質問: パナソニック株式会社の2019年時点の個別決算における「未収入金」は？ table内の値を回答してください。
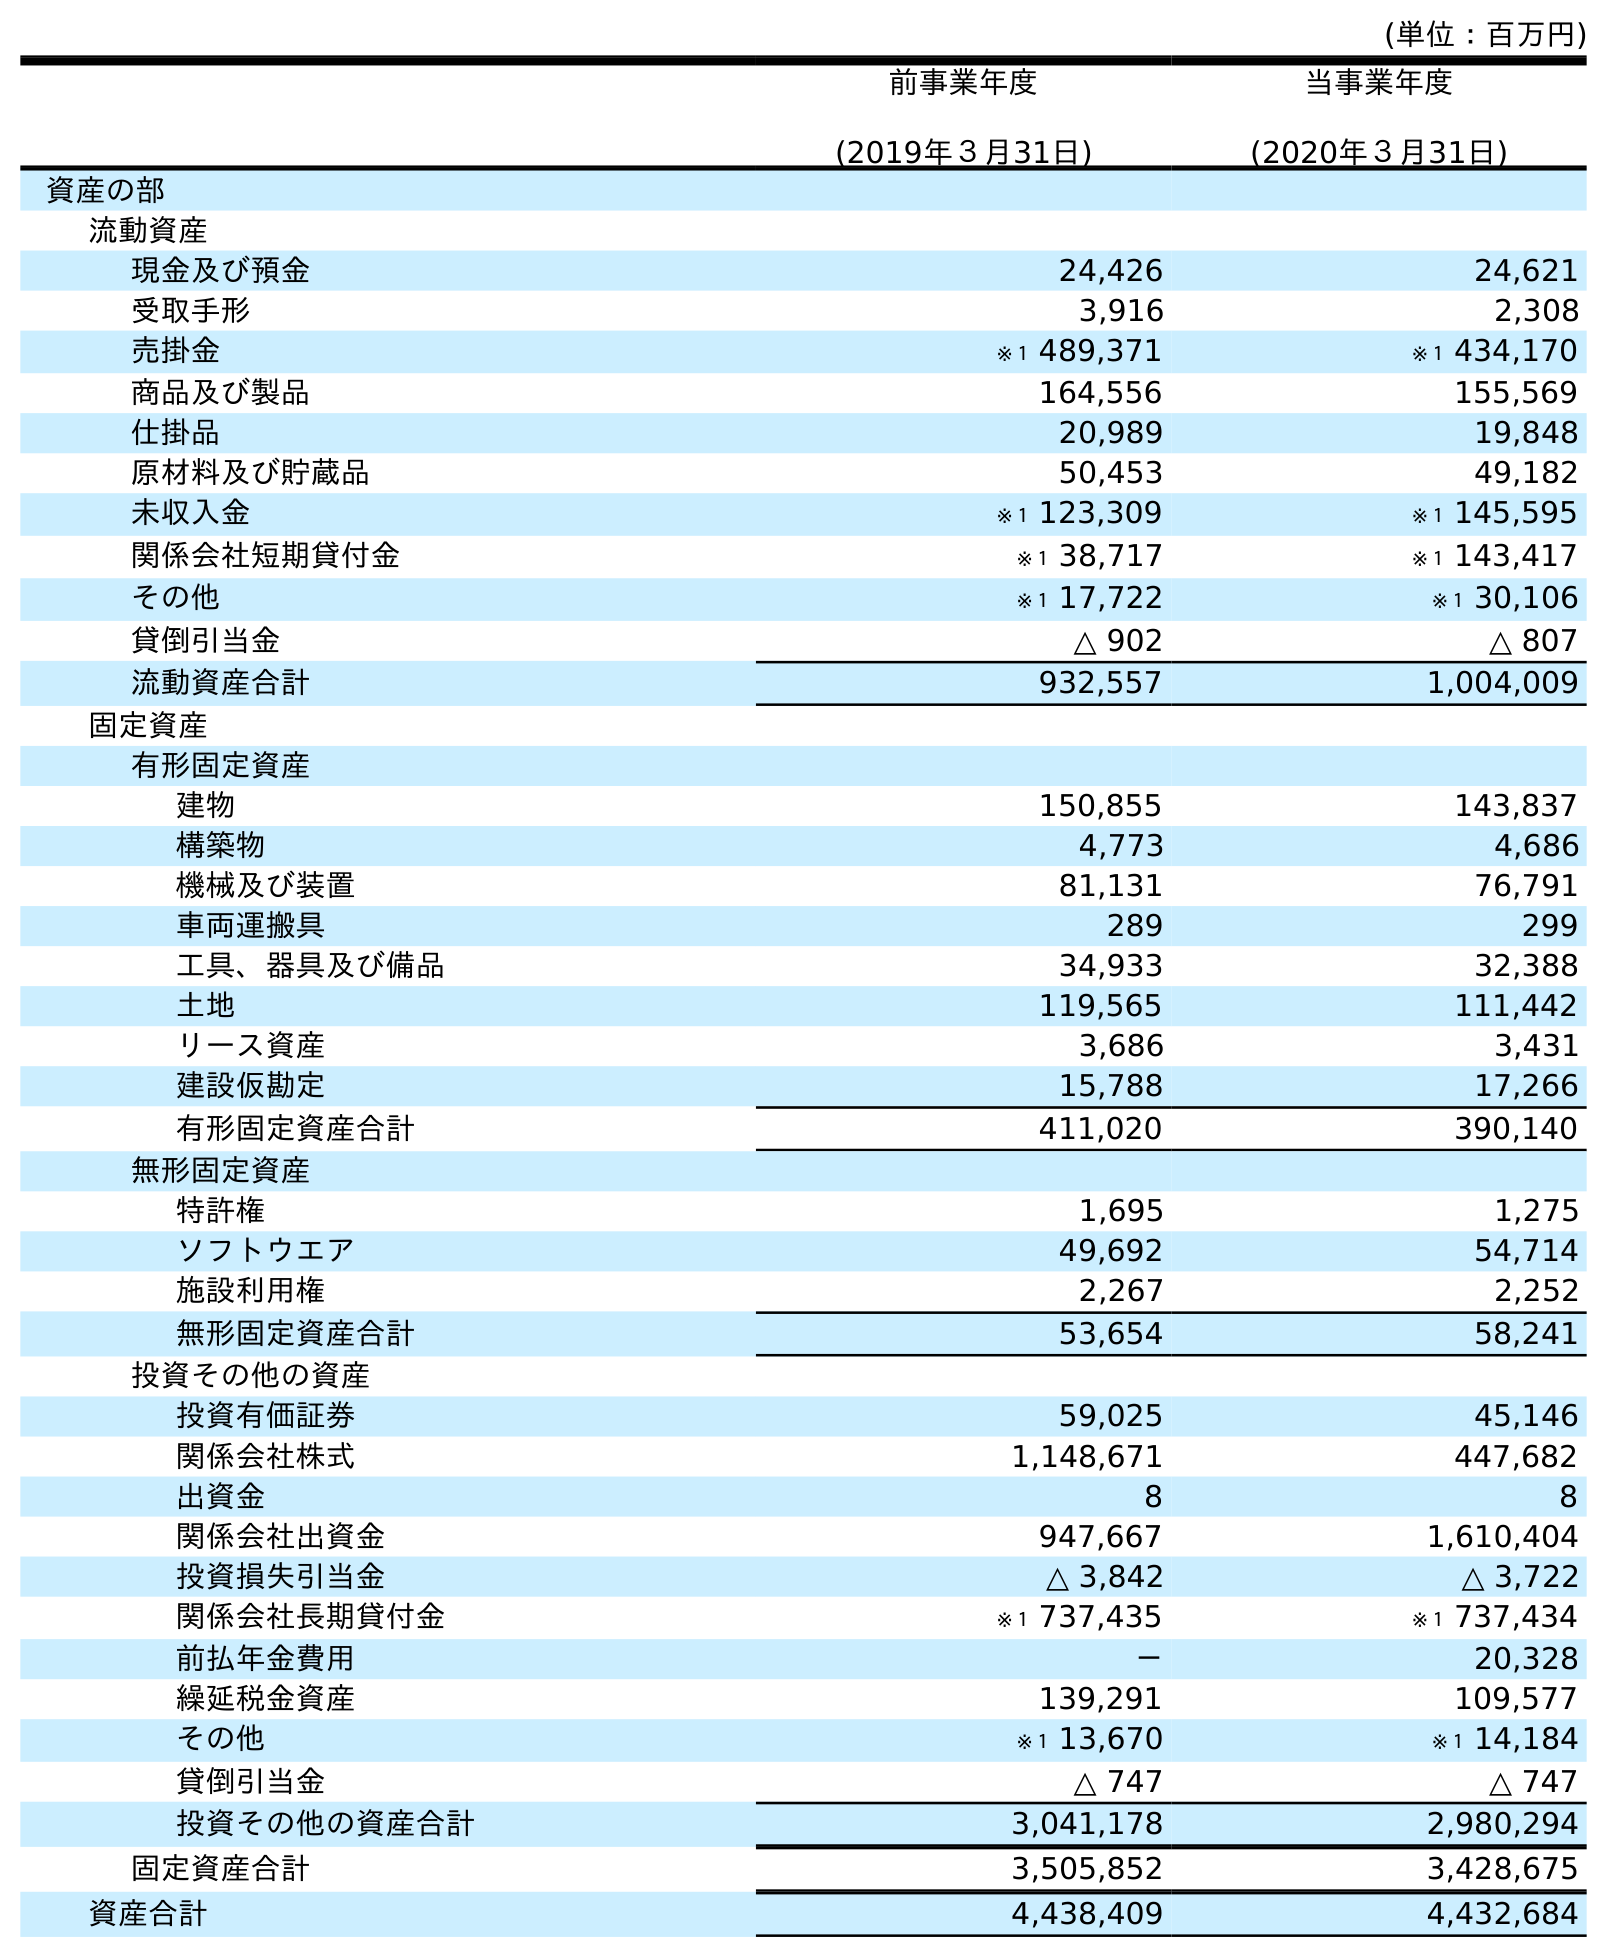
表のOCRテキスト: (単位：百万円) 前事業年度 (2019年３月31日) 当事業年度 (2020年３月31日) 資産の部 流動資産 現金及び預金 24,426 24,621 受取手形 3,916 2,308 売掛金 ※１ 489,371 ※１ 434,170 商品及び製品 164,556 155,569 仕掛品 20,989 19,848 原材料及び貯蔵品 50,453 49,182 未収入金 ※１ 123,309 ※１ 145,595 関係会社短期貸付金 ※１ 38,717 ※１ 143,417 その他 ※１ 17,722 ※１ 30,106 貸倒引当金 △ 902 △ 807 流動資産合計 932,557 1,004,009 固定資産 有形固定資産 建物 150,855 143,837 構築物 4,773 4,686 機械及び装置 81,131 76,791 車両運搬具 289 299 工具、器具及び備品 34,933 32,388 土地 119,565 111,442 リース資産 3,686 3,431 建設仮勘定 15,788 17,266 有形固定資産合計 411,020 390,140 無形固定資産 特許権 1,695 1,275 ソフトウエア 49,692 54,714 施設利用権 2,267 2,252 無形固定資産合計 53,654 58,241 投資その他の資産 投資有価証券 59,025 45,146 関係会社株式 1,148,671 447,682 出資金 8 8 関係会社出資金 947,667 1,610,404 投資損失引当金 △ 3,842 △ 3,722 関係会社長期貸付金 ※１ 737,435 ※１ 737,434 前払年金費用 － 20,328 繰延税金資産 139,291 109,577 その他 ※１ 13,670 ※１ 14,184 貸倒引当金 △ 747 △ 747 投資その他の資産合計 3,041,178 2,980,294 固定資産合計 3,505,852 3,428,675 資産合計 4,438,409 4,432,684
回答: ※１123,309